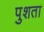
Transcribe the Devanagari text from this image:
पुशता